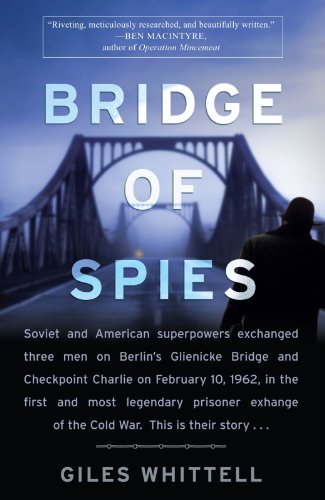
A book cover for Bridge of Spies; Giles Whittell; Biographies & Memoirs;